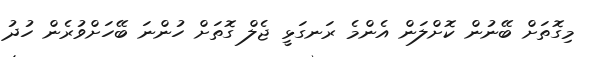
މިގޮތަށް ބޭނުން ކޮށްލަން އެންމެ ރަނގަޅީ ޖެލް ގޮތަށް ހުންނަ ބޭހަށްވުރެން ހުދު